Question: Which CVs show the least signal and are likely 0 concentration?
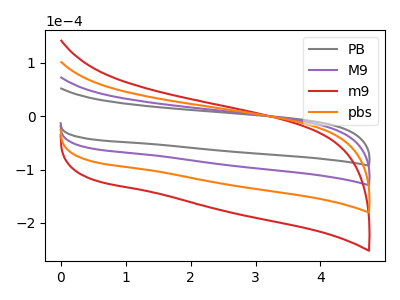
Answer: <think>The gray curve "PB" has no peaks. The purple curve "M9" has no peaks. The red curve "m9" has no peaks. The orange curve "pbs" has no peaks.</think>
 <answer>"PB", "M9", "m9" and "pbs" are likely to be blanks.</answer>
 <eval>"PB", "M9", "m9", "pbs"</eval>